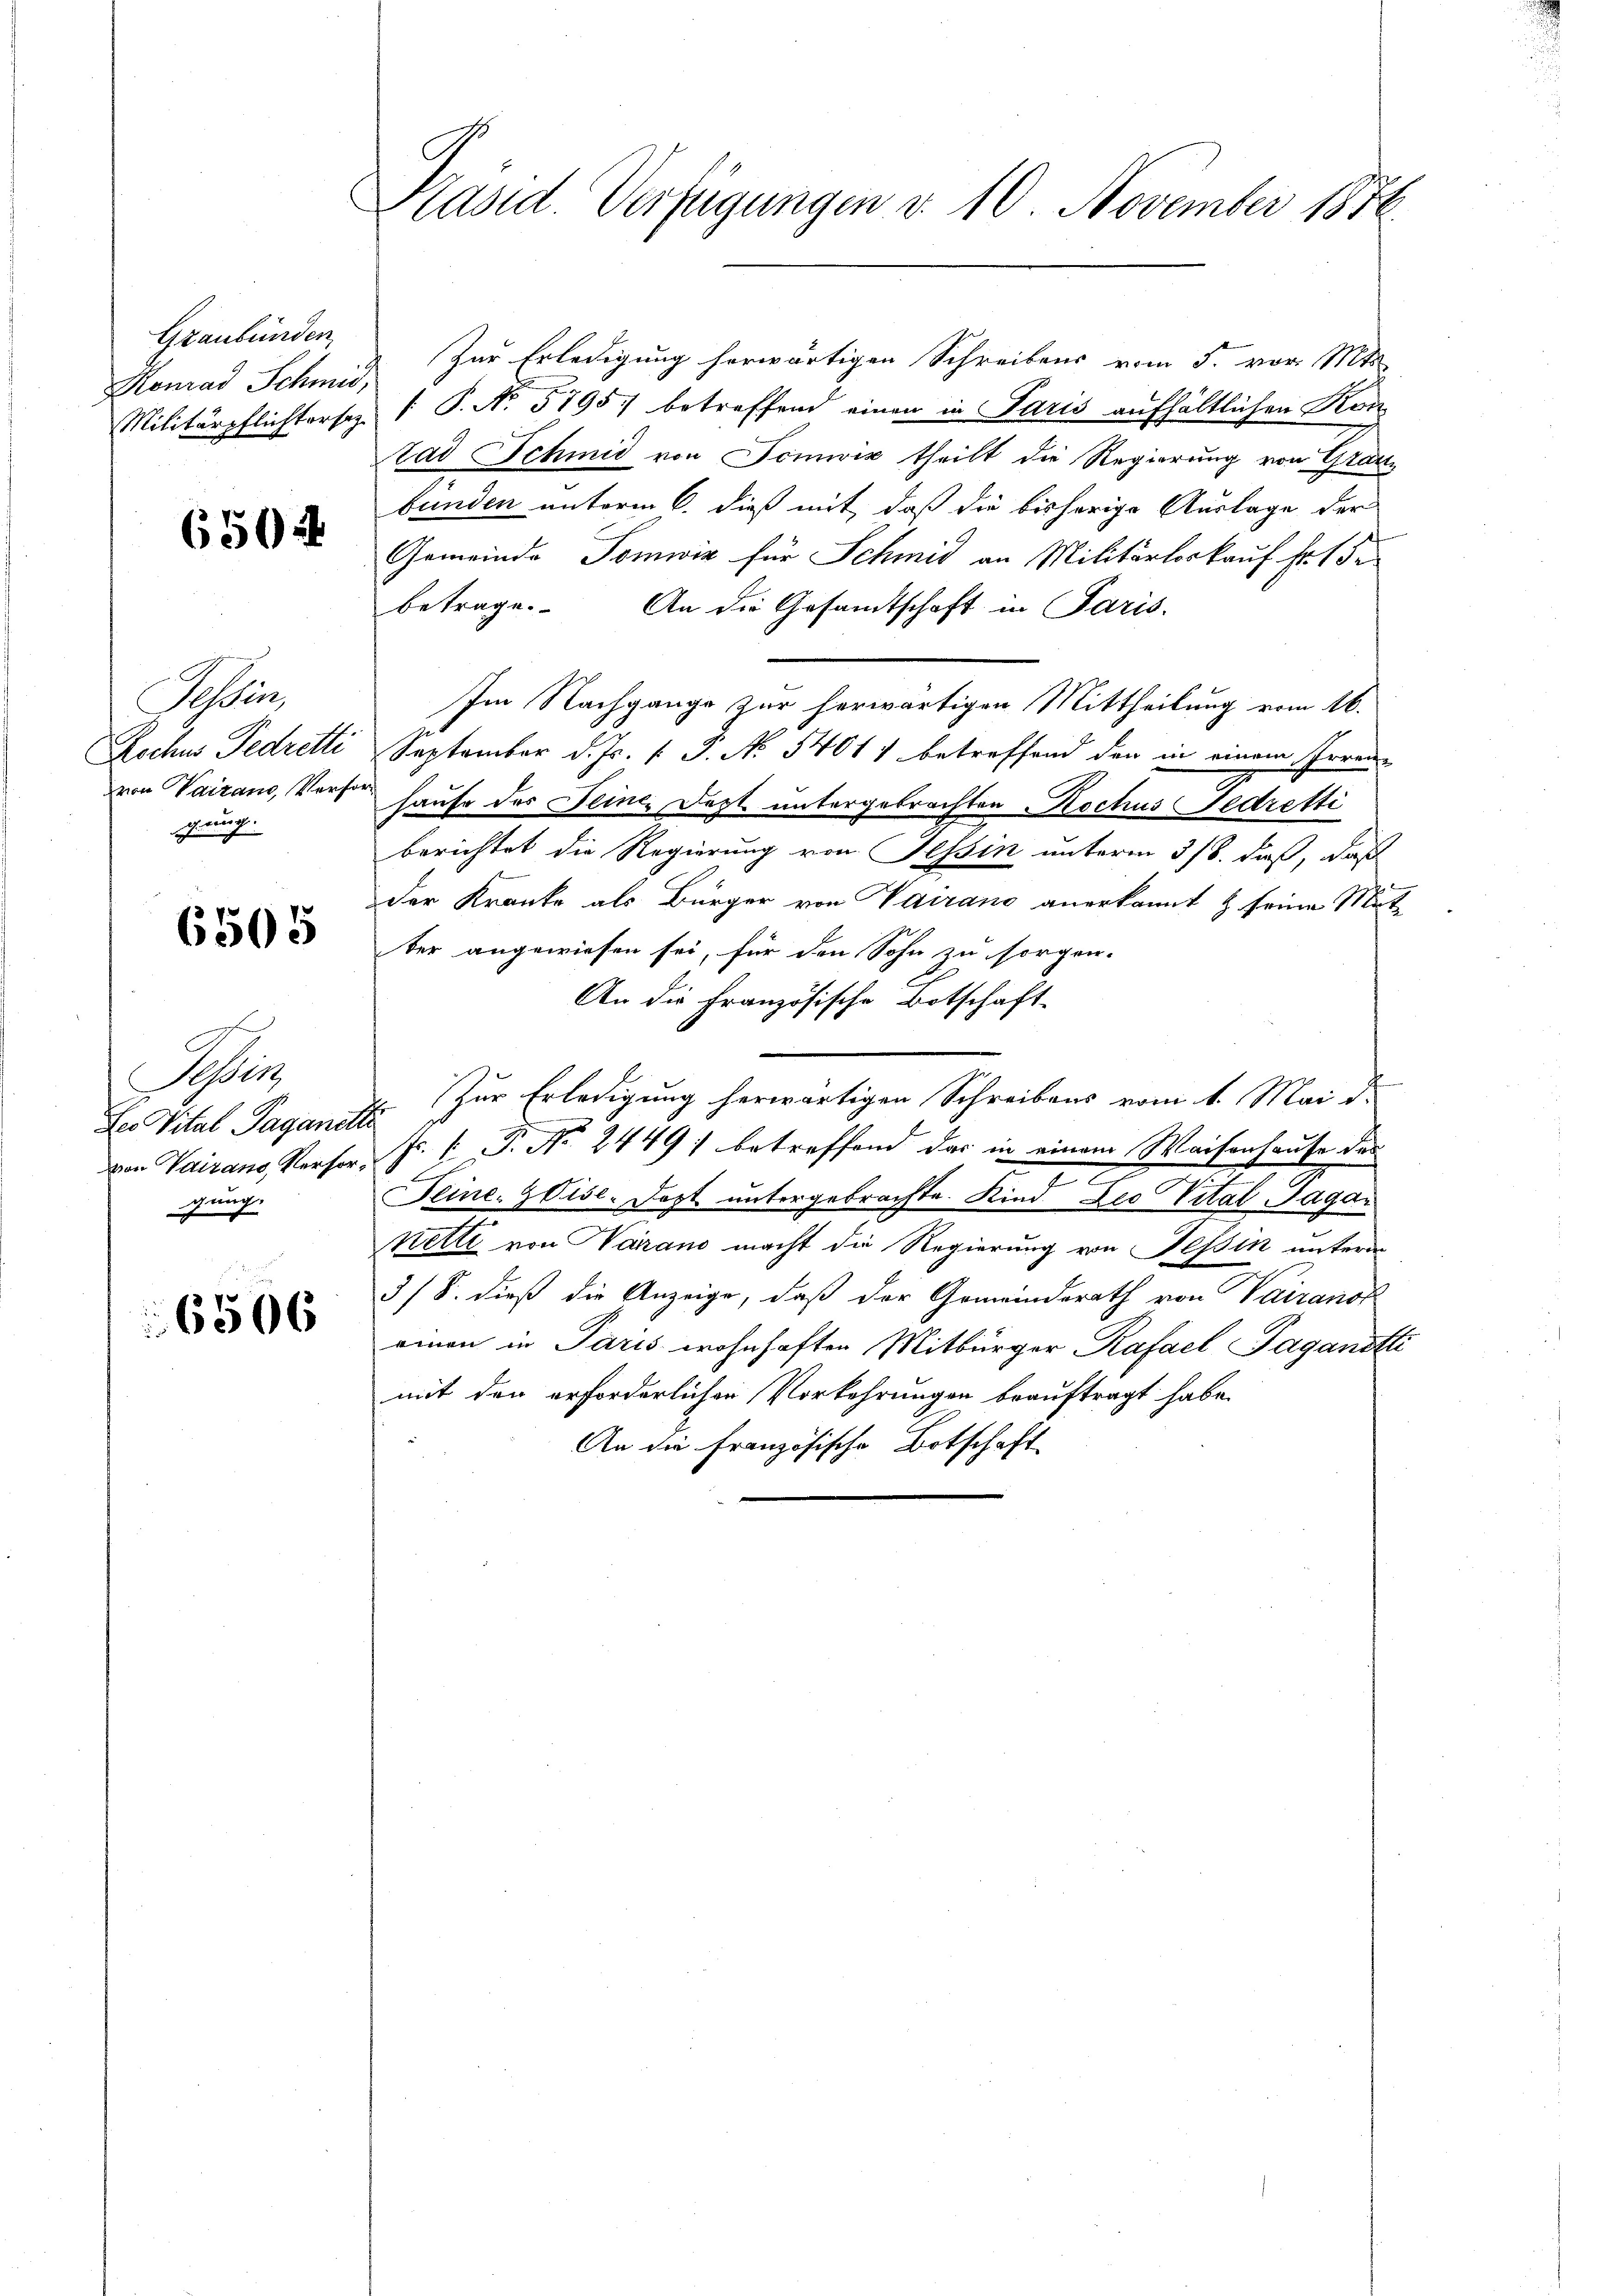
Graubünden
Konrad Schmid,

650

Felsen,
gerung.

6505

Sei
des Vital Paganilli
gung.

6506

Präsid. Verfügungen d. 10. November 1876

Zur Erledigung herwärtigen Schreibens vom 5. vor. Mts.
Militärpflichtorsez 1. P. Nr. 5795. betreffend einen in Paris aufhältlichen Kon
tad Schmid von Seinwiz theilt die Regierung von Graubunden unterm 6. dieß mit, daß die bisherige Auslage der
Gemeinde Tomwiz für Schmid an Militärloskauf Fr. 1 de
betrage. An die Gesandtschaft in Paris.
Im Nachgange zur herwärtigen Mittheilung vom 16.
Rochus Tedretti September d. Js. v. P. No 5401) betreffend den in einem Irrenvon Vairano, Vorsor Hause des Seine, Jezt untergebrachten Rochus Fedretti
berichtet die Regierung von Tessin unterm 3/8. dieß, daß
Der Kranke als Bürger von Vairano anerkannt & seine Mit-
ber angewiesen sei, für den Sohn zu sorgen.
An die Französische Botschaft
Zur Erledigung herwärtigen Schreibens vom 1. Mai d.
von Vairano Persor. J. V. P. No. 2449) betreffend das in einem Waiserhause des
e
Feine Cise-Dopt untergebrachte Kind Deo Vital Tagar
Netti von Warrano macht die Regierung von Tessin untern
3/8. dieß die Anzeige, daß der Gemeinderath von Vairanor
einen in Paris wohnhaften Mitbürger Rafael Jaganotti
mit den erforderlichen Vorkehrungen beauftragt habe.
An die Französische Botschaft